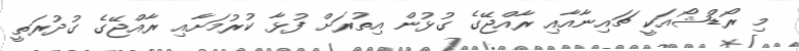
މި ރޯޑްޝޯއަކީ ޗައިނާއާއި ރާއްޖޭގެ ގުޅުން އިތުރަށް ފުޅާ ކުރުމަށާއި ރާއްޖޭގެ ގުދުރަތީ